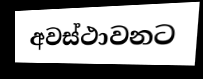
අවස්ථාවනට